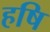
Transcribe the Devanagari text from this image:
हषि